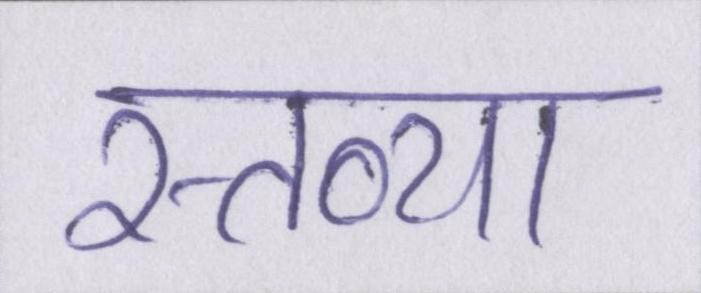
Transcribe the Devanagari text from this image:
स्तव्या